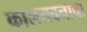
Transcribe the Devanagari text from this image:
कालयवनाचा